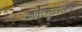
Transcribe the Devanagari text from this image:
कोरलसारखाच